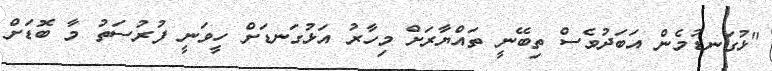
"ޅުގަނޑުމެން އަބަދުވެސް ތިބޭނީ ތައްޔާރަށް މިހާރު އަޅުގަނޑަށް ހީވަނީ ފުރުސަތު މާ ބޮޑަށް